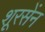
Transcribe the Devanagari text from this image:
शूरसेंन